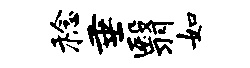
稔垂翳如